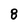
Character: 8